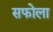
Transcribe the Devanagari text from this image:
सफोला